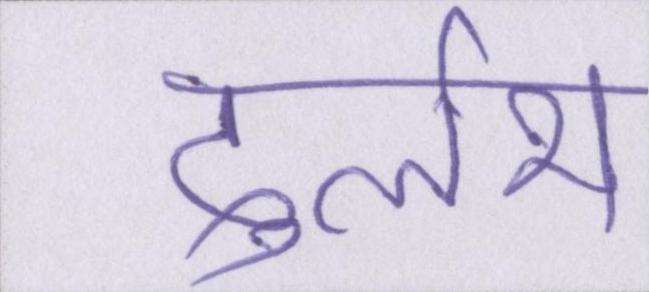
दुर्लभ